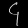
Digit: ၄